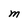
Character: M